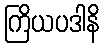
ကြိယပဒါနိ